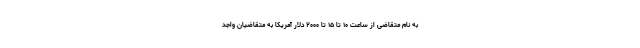
به نام متقاضی از ساعت ۱۰ تا ۱۵ تا ۲۰۰۰ دلار آمریکا به متقاضیان واجد